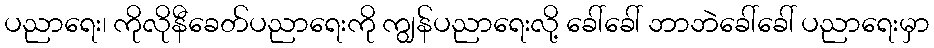
ပညာရေး၊ ကိုလိုနီခေတ်ပညာရေးကို ကျွန်ပညာရေးလို့ ခေါ်ခေါ် ဘာဘဲခေါ်ခေါ် ပညာရေးမှာ